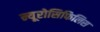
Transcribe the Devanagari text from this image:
न्यूरोसिफिलिस